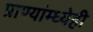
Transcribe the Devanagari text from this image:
प्राण्यांम्ध्येही